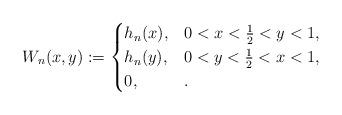
LaTeX: \begin{align*} W_n(x,y):= \begin{cases}h_n(x),& 0<x<\frac12<y<1, \\h_n(y),& 0<y<\frac12<x<1, \\0,&. \end{cases}\end{align*}